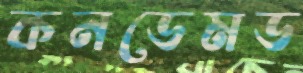
কনডেমড